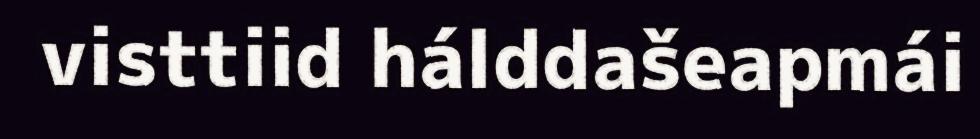
visttiid hálddašeapmái